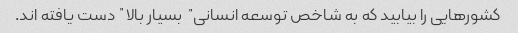
کشورهایی را بیابید که به شاخص توسعه انسانی "بسیار بالا" دست یافته اند.